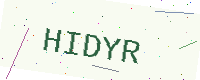
Text: HIDYR